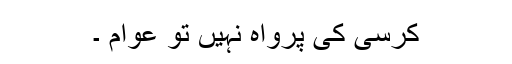
کرسی کی پرواہ نہیں تو عوام ۔